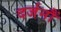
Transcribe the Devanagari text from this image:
दर्जनौं